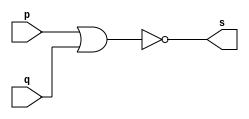
// --------------------- 
// Exercicio01-02 - NOR
// Nome: Lucas Siqueira Chagas	 
// --------------------- 
// --------------------- 
// -- NOR
// --------------------- 
module norgate (output s, 
input p, 
input q); 
assign s = ~(p|q); 
endmodule // norgate 
// --------------------- 
// -- test norgate 
// --------------------- 
module testnorgate; 
// ------------------------- dados locais 
reg a,b; // definir registrador 
wire s; // definir conexao (fio) 
// ------------------------- instancia 
norgate NOR1 (s, a, b); 
// ------------------------- preparacao 
initial begin:start 
a=0; 
b=0;
end 
// ------------------------- parte principal 
initial begin:main 
$display("Exercicio01-02 - Lucas Siqueira Chagas - 380783"); 
$display("Test nor gate"); 
$display("\n ~(a | b) = s\n"); 
$monitor("~(%b | %b) = %b", a, b, s);
//#1 a=0; b=0;
#1 a=0; b=1;
#1 a=1; b=0;
#1 a=1; b=1;
end 
endmodule // testnandgate